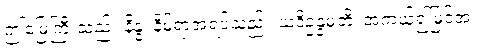
ဤမြေကြီးသည်။ နိန္နံ၊ နိမ့်ရာအရပ်သည်။ ယဒိဥန္နမတိ၊ အကယ်၍မြင့်အံ့။